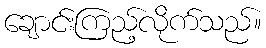
ချောင်းကြည့်လိုက်သည်။